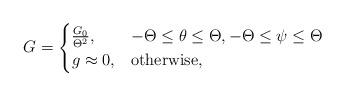
LaTeX: \begin{align*}G=\begin{cases}\frac{G_{0}}{\Theta^2},&-\Theta\leq \theta \leq \Theta, -\Theta\leq \psi \leq \Theta\\g\approx 0,&\mbox{otherwise},\end{cases}\end{align*}